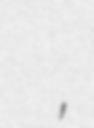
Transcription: Иван Петровић,